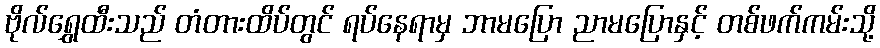
ဗိုလ်ရွှေထီးသည် တံတားထိပ်တွင် ရပ်နေရာမှ ဘာမပြော ညာမပြောနှင့် တစ်ဖက်ကမ်းသို့